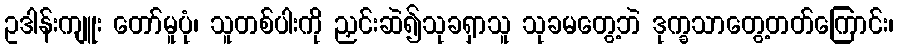
ဥဒါန်းကျူး တော်မူပုံ၊ သူတစ်ပါးကို ညှင်းဆဲ၍သုခရှာသူ သုခမတွေ့ဘဲ ဒုက္ခသာတွေ့တတ်ကြောင်း၊